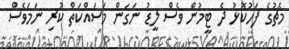
މެޗުގެ ފަހުކޮޅު ދެ ޓީމުން ވެސް ލީޑު ނަގަން މަސައްކަތް ކުރި ނަމަވެސް